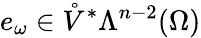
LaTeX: e_{\omega}\in\mathring{V}^{\ast}\Lambda^{n-2}(\Omega)